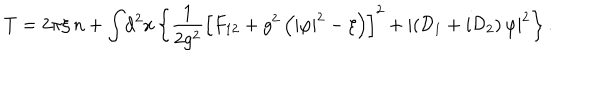
T = 2 \pi \xi \, n + \int \! \mathrm { d } ^ { 2 } x \left\{ \frac { 1 } { 2 g ^ { 2 } } \left[ F _ { 1 2 } + g ^ { 2 } \left( | \varphi | ^ { 2 } - \xi \right) \right] ^ { 2 } + \left| \left( { \cal D } _ { 1 } + i { \cal D } _ { 2 } \right) \varphi \right| ^ { 2 } \right\} .